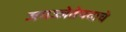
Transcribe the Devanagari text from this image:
जगज्जेतेपदाचे